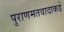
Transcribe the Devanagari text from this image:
पुराणमतवादाकडे